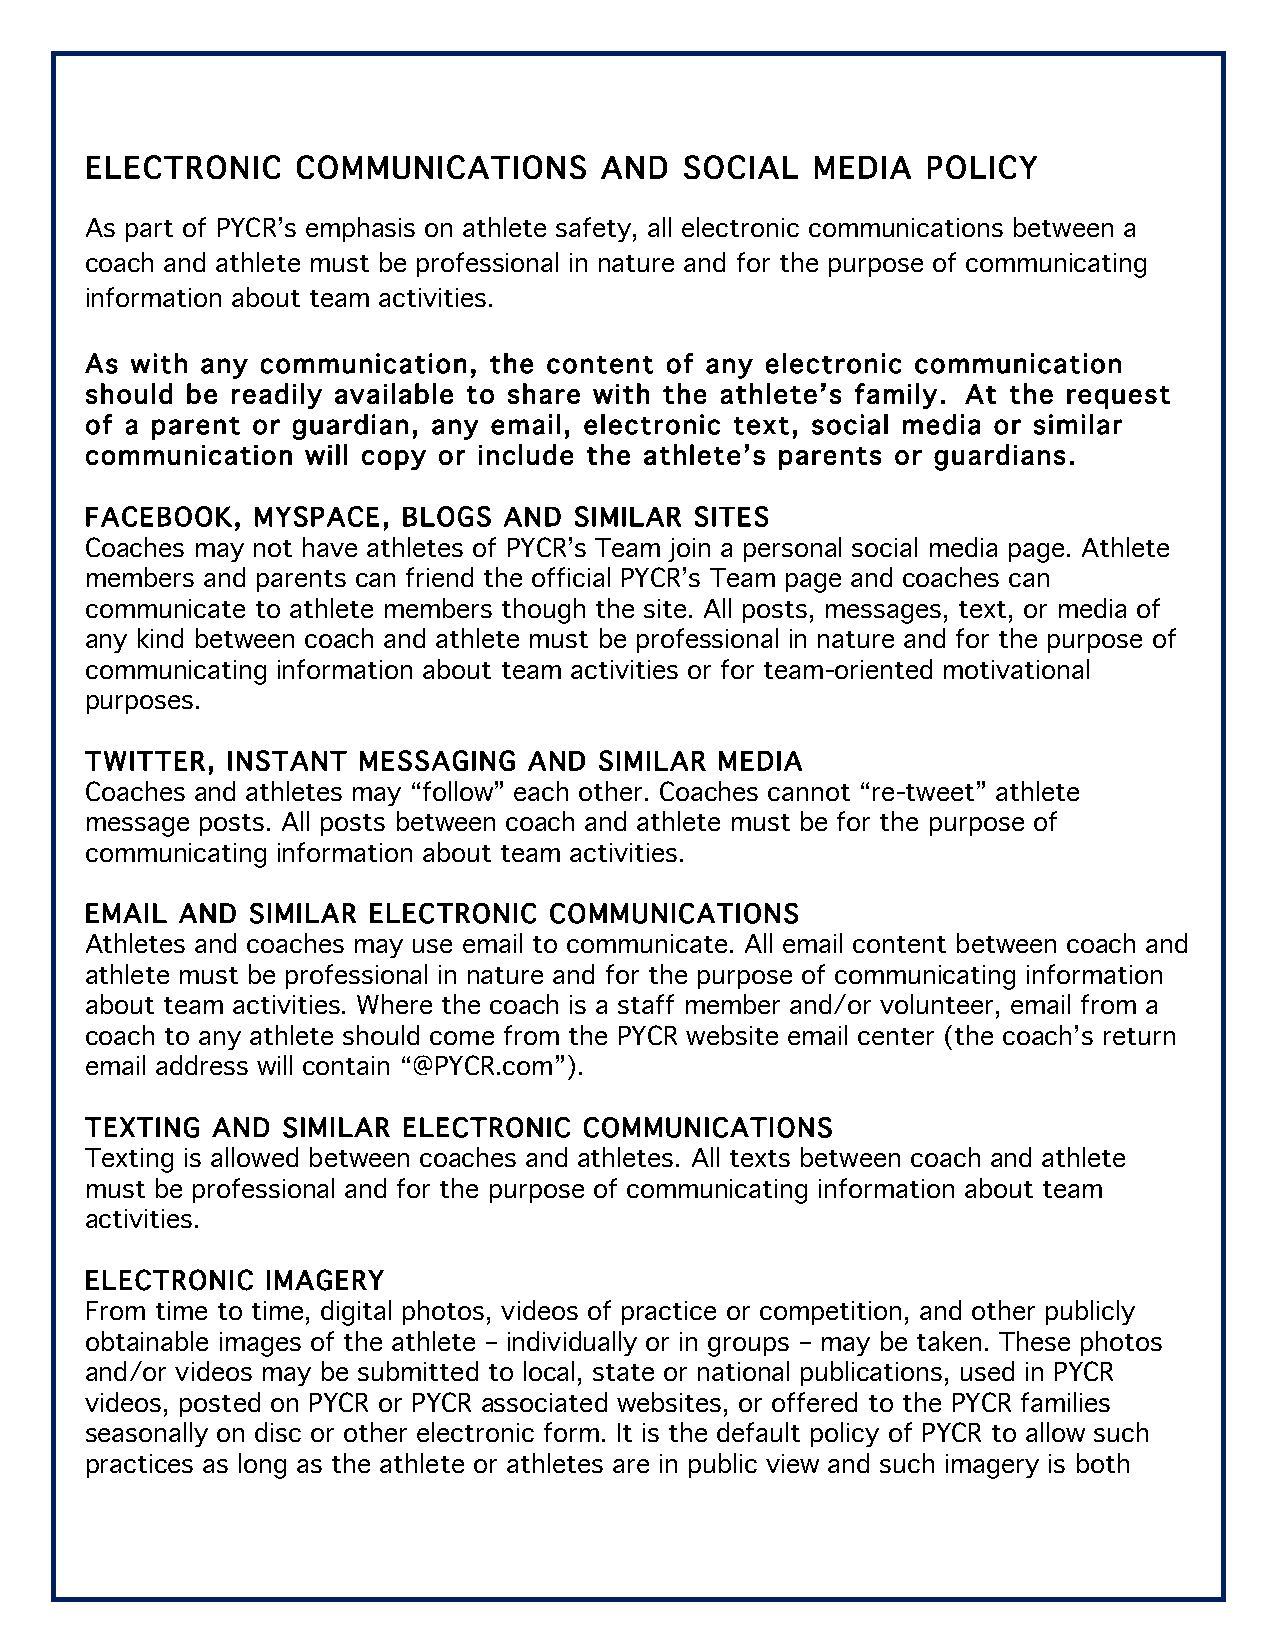
ELECTRONIC    COMMUNICATIONS      AND  SOCIAL   MEDIA  POLICY
 As part of PYCR’s emphasis on athlete safety, all electronic communications between a
 coach and athlete must be professional in nature and for the purpose of communicating
 information about team activities.
 As with any communication, the content of any electronic communication
 should be readily available to share with the athlete’s family. At the request
 of a parent or guardian, any email, electronic text, social media or similar
 communication will copy or include the athlete’s parents or guardians.
 FACEBOOK,  MYSPACE,  BLOGS AND  SIMILAR SITES
 Coaches may not have athletes of PYCR’s Team join a personal social media page. Athlete
 members and parents can friend the official PYCR’s Team page and coaches can
 communicate to athlete members though the site. All posts, messages, text, or media of
 any kind between coach and athlete must be professional in nature and for the purpose of
 communicating information about team activities or for team-oriented motivational
 purposes.
 TWITTER, INSTANT  MESSAGING  AND  SIMILAR MEDIA
 Coaches and athletes may “follow” each other. Coaches cannot “re-tweet” athlete
 message posts. All posts between coach and athlete must be for the purpose of
 communicating information about team activities.
 EMAIL AND SIMILAR ELECTRONIC  COMMUNICATIONS
 Athletes and coaches may use email to communicate. All email content between coach and
 athlete must be professional in nature and for the purpose of communicating information
 about team activities. Where the coach is a staff member and/or volunteer, email from a
 coach to any athlete should come from the PYCR website email center (the coach’s return
 email address will contain “@PYCR.com”).
 TEXTING AND  SIMILAR ELECTRONIC  COMMUNICATIONS
 Texting is allowed between coaches and athletes. All texts between coach and athlete
 must be professional and for the purpose of communicating information about team
 activities.
 ELECTRONIC  IMAGERY
 From time to time, digital photos, videos of practice or competition, and other publicly
 obtainable images of the athlete – individually or in groups – may be taken. These photos
 and/or videos may be submitted to local, state or national publications, used in PYCR
 videos, posted on PYCR or PYCR associated websites, or offered to the PYCR families
 seasonally on disc or other electronic form. It is the default policy of PYCR to allow such
 practices as long as the athlete or athletes are in public view and such imagery is both